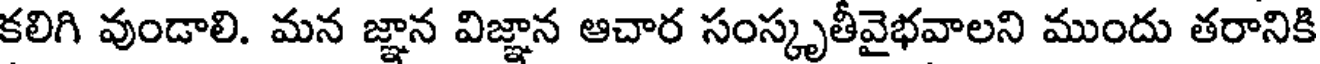
కలిగి వుండాలి. మన జ్ఞాన విజ్ఞాన ఆచార సంస్కృతీవైభవాలని ముందు తరానికి